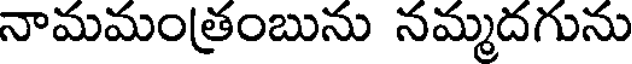
నామమంత్రంబును నమ్మదగును